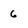
Character: 6